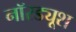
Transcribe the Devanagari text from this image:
नॉरड्यूश